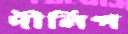
দীলিপ